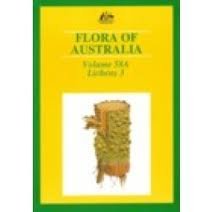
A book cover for Flora of Australia (Flora of Australia Series); Australian Biological Resources Study; Science & Math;